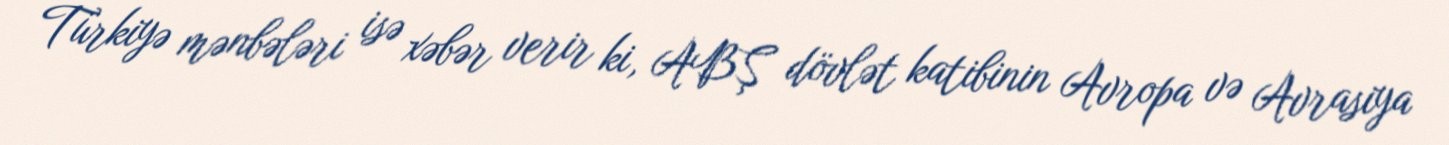
Türkiyə mənbələri isə xəbər verir ki, ABŞ dövlət katibinin Avropa və Avrasiya